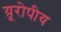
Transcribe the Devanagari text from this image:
य़ूरोपीय